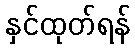
နှင်ထုတ်ရန်